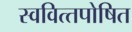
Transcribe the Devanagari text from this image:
स्‍ववित्‍तपोषित